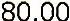
80.00